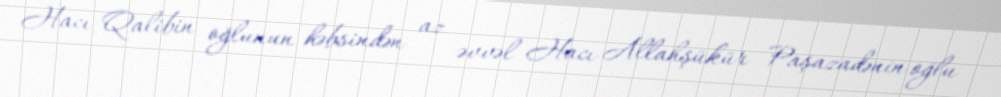
Hacı Qalibin oğlunun həbsindən az əvvəl Hacı Allahşükür Paşazadənin oğlu